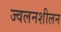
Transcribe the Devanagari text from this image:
ज्वलनशीलन